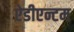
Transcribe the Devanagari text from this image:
ऐडीएन्टम